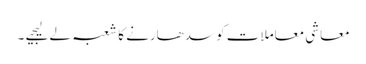
معاشی معاملات کو سدھارنے کا شعبہ لے لیجیے ۔